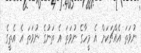
ނުވަތަ އެއްޗަކަށް އެ މީހާގެ ނުވަތަ އެ ތަނުގެ ނުވަތަ އެ އެތީގެ